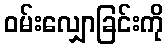
ဝမ်းလျှောခြင်းကို